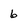
Character: 6